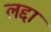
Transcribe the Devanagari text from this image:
लद्दा